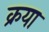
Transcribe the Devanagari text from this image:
क्रया